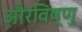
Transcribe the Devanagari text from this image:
औरविष्णु